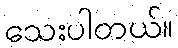
သေးပါတယ်။